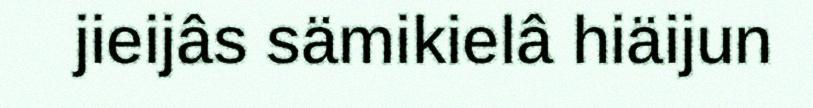
jieijâs sämikielâ hiäijun